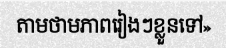
តាមថាមភាពរៀងៗខ្លួនទៅ»